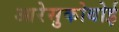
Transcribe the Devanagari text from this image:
आरेसुकोबोई